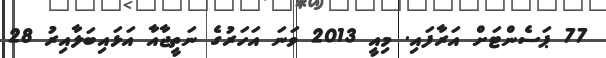
77 ޕަސެންޓަށް އަރާފައި. މިއީ 2013 ވަނަ އަހަރުގެ ނަތީޖާއާ އަޅައިބަލާއިރު 28